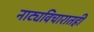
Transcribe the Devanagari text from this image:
नाट्यविचारातही